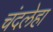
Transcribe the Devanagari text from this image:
चंदलेहा